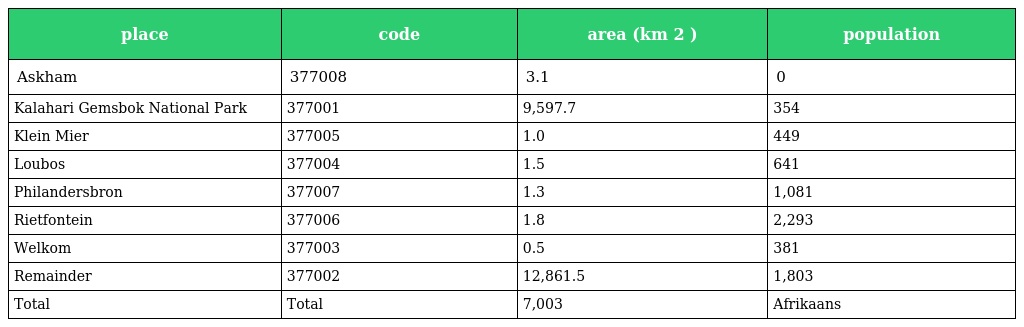
| place | code | area (km 2 ) | population |
 | --- | --- | --- | --- |
 | Askham | 377008 | 3.1 | 0 |
 | Kalahari Gemsbok National Park | 377001 | 9,597.7 | 354 |
 | Klein Mier | 377005 | 1.0 | 449 |
 | Loubos | 377004 | 1.5 | 641 |
 | Philandersbron | 377007 | 1.3 | 1,081 |
 | Rietfontein | 377006 | 1.8 | 2,293 |
 | Welkom | 377003 | 0.5 | 381 |
 | Remainder | 377002 | 12,861.5 | 1,803 |
 | Total | Total | 7,003 | Afrikaans |